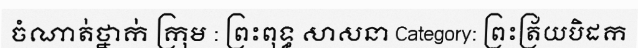
ចំណាត់ថ្នាក់ ក្រុម : ព្រះពុទ្ធ សាសនា Category: ព្រះត្រ័យបិដក